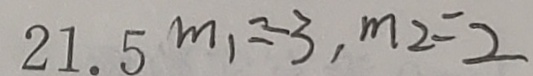
2 1 . 5 m _ { 1 } = - 3 , m _ { 2 } = 2